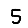
Digit: 5